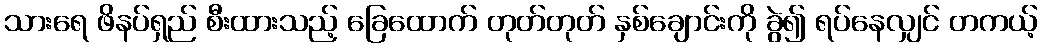
သားရေ ဖိနပ်ရှည် စီးထားသည့် ခြေထောက် တုတ်တုတ် နှစ်ချောင်းကို ခွဲ၍ ရပ်နေလျှင် တကယ့်